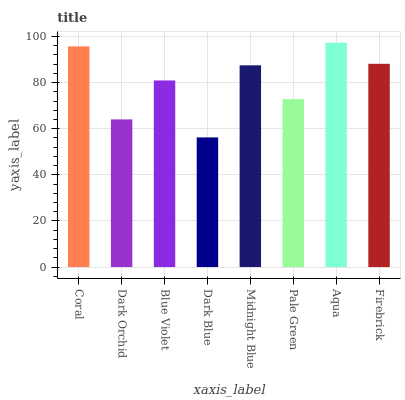
| xaxis_label | bars |
 | --- | --- |
 | Coral | 95.7 |
 | Dark Orchid | 64 |
 | Blue Violet | 80.9 |
 | Dark Blue | 56.2 |
 | Midnight Blue | 87.5 |
 | Pale Green | 72.8 |
 | Aqua | 97.3 |
 | Firebrick | 88.1 |